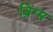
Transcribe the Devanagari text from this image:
ब्रिंग्स